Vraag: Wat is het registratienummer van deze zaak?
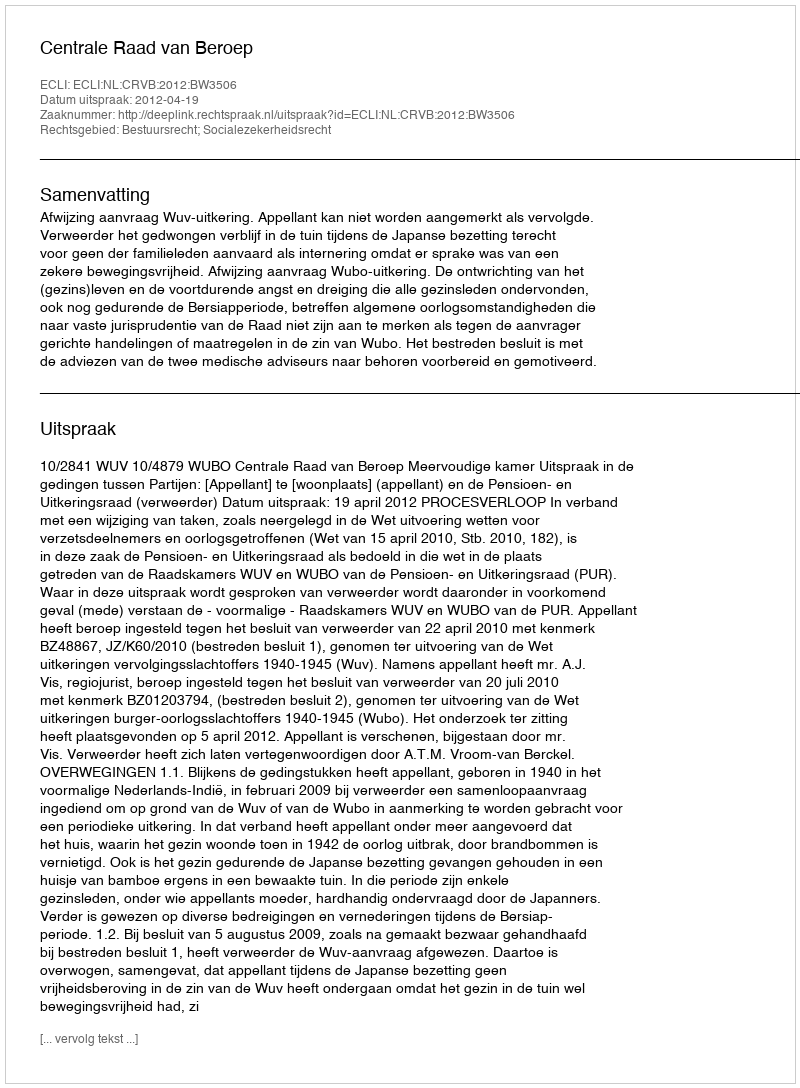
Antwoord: http://deeplink.rechtspraak.nl/uitspraak?id=ECLI:NL:CRVB:2012:BW3506